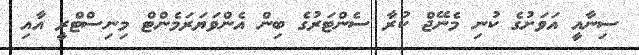
ސިނާއީ އަވަށުގެ ކުނި މެނޭޖް ކުރާ ސެންޓަރުގެ ބިން އެންވަޔަރަމެންޓް މިނިސްޓްރީ އާއި